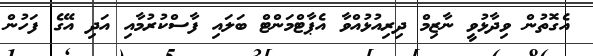
އެގޮތުން ވިދާޅުވީ ނާޒިމް ދިރިއުޅުއްވާ އެޕާޓްމަންޓް ބަލައި ފާސްކުރުމާއި އަދި އޭގެ ފަހުން